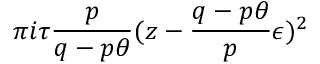
\pi i \tau \frac { p } { q - p \theta } ( z - \frac { q - p \theta } { p } \epsilon ) ^ { 2 }